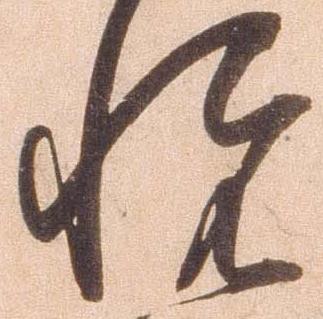
悦